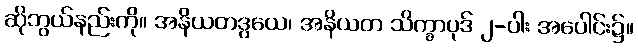
ဆိုဘွယ်နည်းကို။ အနိယတဒွယေ၊ အနိယတ သိက္ခာပုဒ် ၂-ပါး အပေါင်း၌။